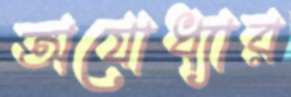
অযোধ্যার